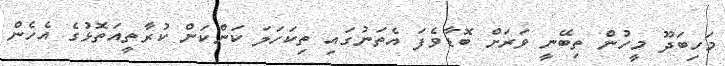
މަހިބަދޫ މީހުން ތިބޭނީ ވަރަށް ބޮޑާވެފަ އެތަނުގައި ތިކަހަލަ ކަންކަން ކުރާތީއަތޮޅުގެ އެހެން